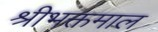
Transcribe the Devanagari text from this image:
श्रीभक्तमाल